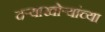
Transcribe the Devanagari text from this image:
दऱ्याखोऱ्यांच्या